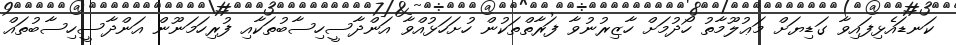
ކަނޑައެޅިފައިވާ ގަޑިޔަށް މަޢުލޫމާތު ހޯދުމަށް ހާޒިރުނުވާ ފަރާތްތަކުން ހުށަހަޅުއްވާ އަންދާސީހިސާބުތަކާއި ފުރިހަމަނޫން އަންދާސީހިސާބުތައް